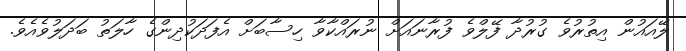
ލޭއައުން އިތުރުވެ ގުރުދާ ފޭލްވެ ފުރާނައަށް ނުރައްކާވާ ހިސާބަށް އެފަދަކުދިންގެ ހާލަތު ބަދަލުވެއެވެ.